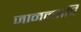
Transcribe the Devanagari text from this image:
जानन्तापि